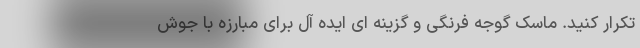
تکرار کنید. ماسک گوجه فرنگی و گزینه ای ایده آل برای مبارزه با جوش